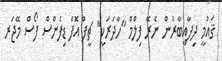
ޤައުމީ ދިފާއީބާރުން ނެރޭ ފިލްމް "ހާދަރަކީ" ޗީފް އޮފް ޑިފެންސް ފޯސް މޭޖަރ